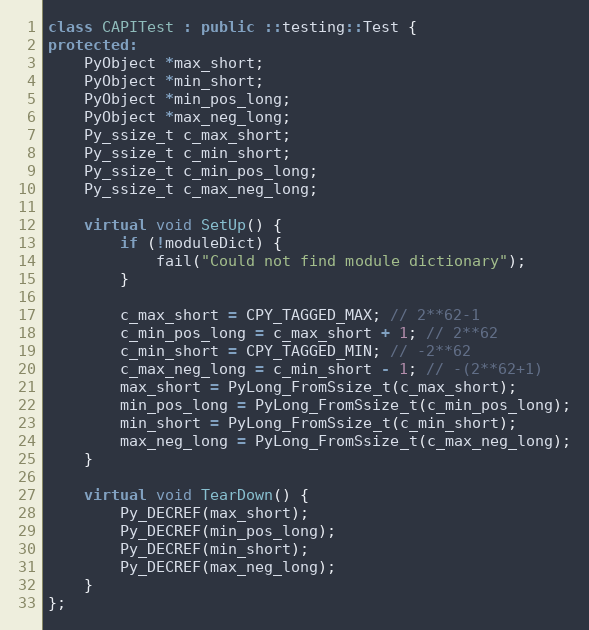
Language: C++
class CAPITest : public ::testing::Test {
protected:
    PyObject *max_short;
    PyObject *min_short;
    PyObject *min_pos_long;
    PyObject *max_neg_long;
    Py_ssize_t c_max_short;
    Py_ssize_t c_min_short;
    Py_ssize_t c_min_pos_long;
    Py_ssize_t c_max_neg_long;

    virtual void SetUp() {
        if (!moduleDict) {
            fail("Could not find module dictionary");
        }

        c_max_short = CPY_TAGGED_MAX; // 2**62-1
        c_min_pos_long = c_max_short + 1; // 2**62
        c_min_short = CPY_TAGGED_MIN; // -2**62
        c_max_neg_long = c_min_short - 1; // -(2**62+1)
        max_short = PyLong_FromSsize_t(c_max_short);
        min_pos_long = PyLong_FromSsize_t(c_min_pos_long);
        min_short = PyLong_FromSsize_t(c_min_short);
        max_neg_long = PyLong_FromSsize_t(c_max_neg_long);
    }

    virtual void TearDown() {
        Py_DECREF(max_short);
        Py_DECREF(min_pos_long);
        Py_DECREF(min_short);
        Py_DECREF(max_neg_long);
    }
};